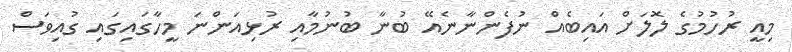
މިއީ ރުހުމުގެ ލޮލަށް އައިބެއް ނުފެންނާނެއޭ ބުނާ ބުނުމާއި ރުޅިއަންނަ މީހާގައިގައި ގުއިވަސް